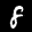
Label: 8